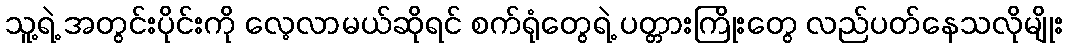
သူ့ရဲ့ အတွင်းပိုင်းကို လေ့လာမယ်ဆိုရင် စက်ရုံတွေရဲ့ ပတ္တားကြိုးတွေ လည်ပတ်နေသလိုမျိုး